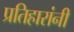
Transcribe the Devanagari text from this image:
प्रतिहारांनी